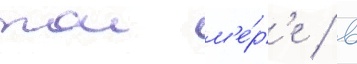
тои м'е́р'е / в